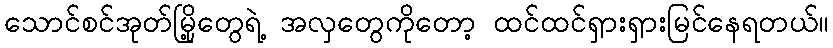
သောင်စင်အုတ်မြို့တွေရဲ့ အလှတွေကိုတော့ ထင်ထင်ရှားရှားမြင်နေရတယ်။